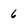
Character: 6